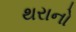
થરાનો